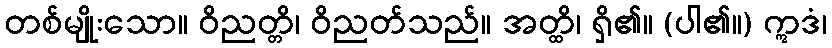
တစ်မျိုးသော။ ဝိညတ္တိ၊ ဝိညတ်သည်။ အတ္ထိ၊ ရှိ၏။ (ပါ၏။) ဣဒံ၊